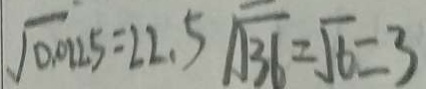
\sqrt { 0 . 0 2 2 5 } = 2 2 . 5 \sqrt { 3 6 } = \sqrt { 6 } = 3